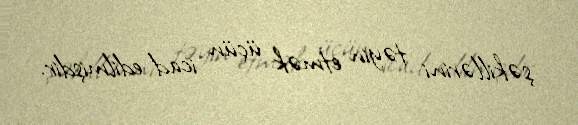
şəkillərini təyin etmək üçün icad edilmişdir.